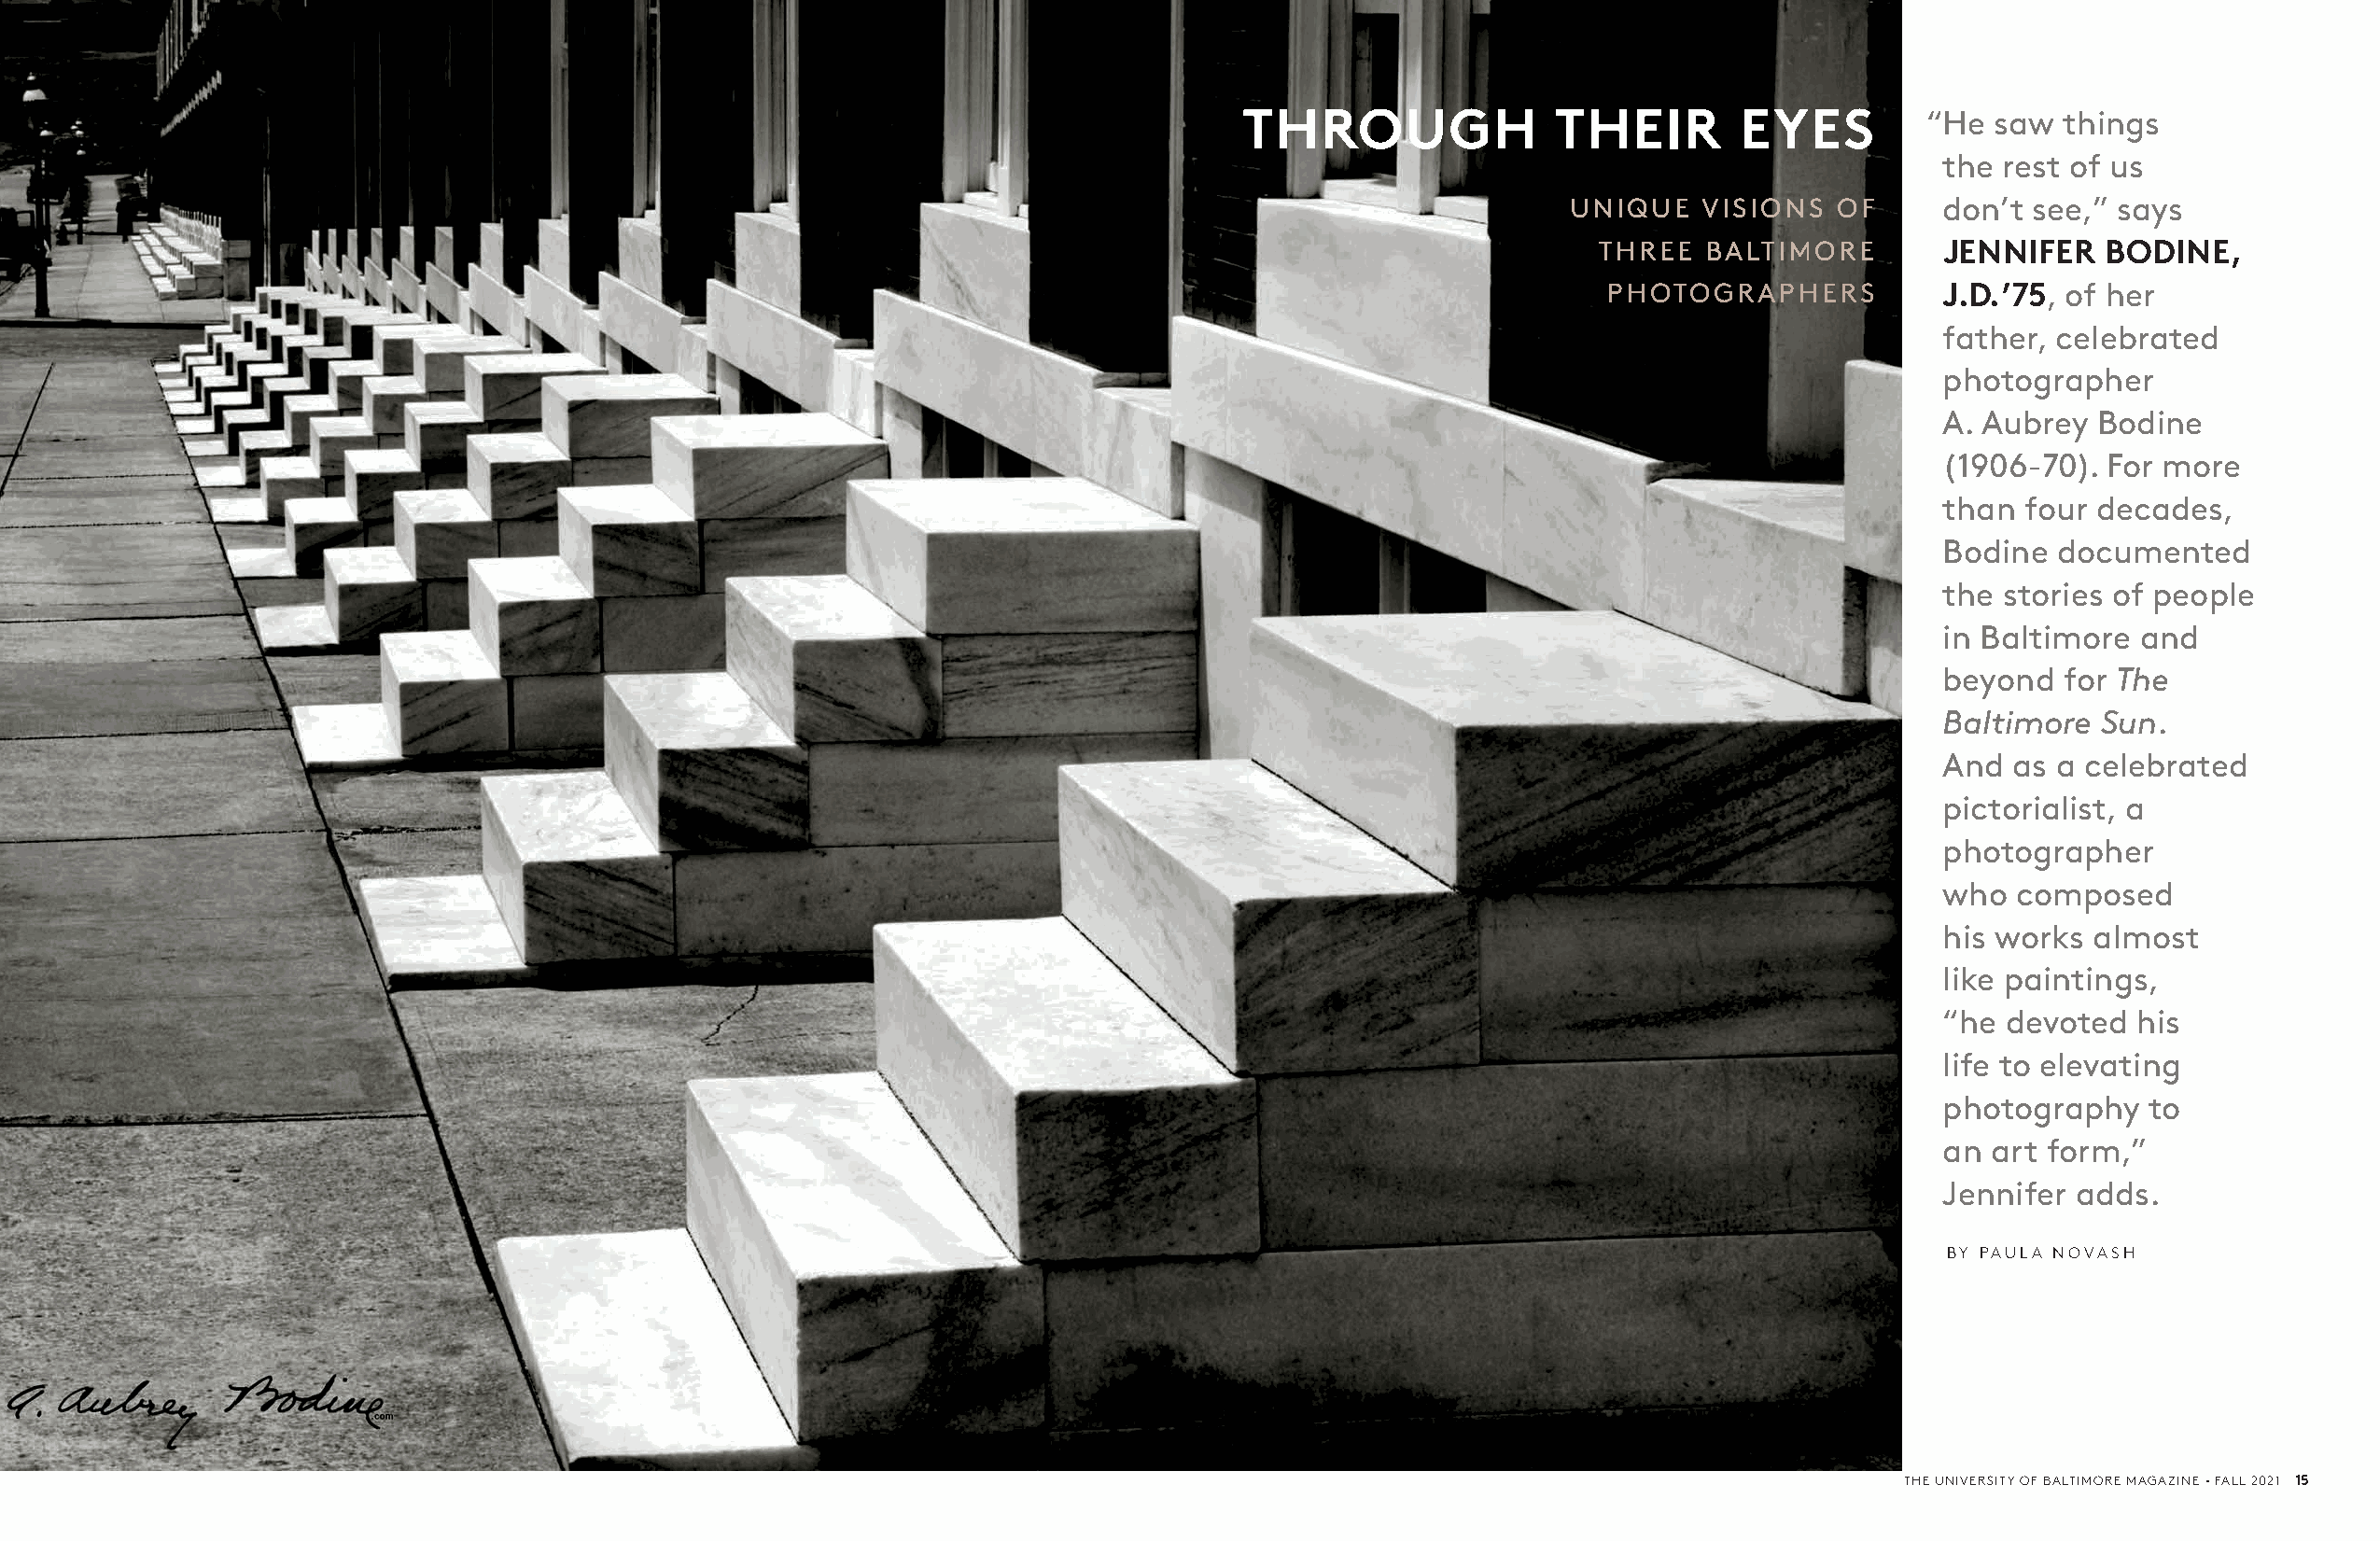
THROUGH               THEIR        EYES          “ He saw things
 the rest of us
 UNIQUE    VISIONS  OF      don’t see,” says
 THREE   BALTIMORE        JENNIFER   BODINE,
 PHOTOGRAPHERS           J.D. ’75, of her
 father, celebrated
 photographer
 A. Aubrey  Bodine
 (1906-70). For more
 than  four decades,
 Bodine  documented
 the stories of people
 in Baltimore  and
 beyond  for The
 Baltimore  Sun.
 And  as a celebrated
 pictorialist, a
 photographer
 who  composed
 his works almost
 like paintings,
 “he devoted   his
 life to elevating
 photography   to
 an art form,”
 Jennifer adds.
 BY PAULA NOVASH
 THE UNIVERSITY OF BALTIMORE MAGAZINE • FALL 2021 15